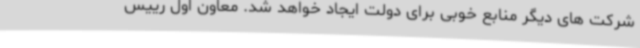
شرکت های دیگر منابع خوبی برای دولت ایجاد خواهد شد. معاون اول رییس